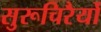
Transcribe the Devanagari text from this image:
सुरूचिरैर्यो